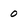
Character: 0